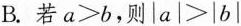
B.若$$a>b$$，则$$|a|>|b|$$